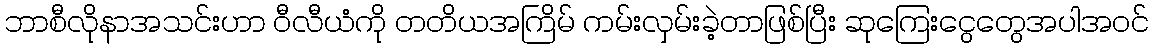
ဘာစီလိုနာအသင်းဟာ ဝီလီယံကို တတိယအကြိမ် ကမ်းလှမ်းခဲ့တာဖြစ်ပြီး ဆုကြေးငွေတွေအပါအဝင်